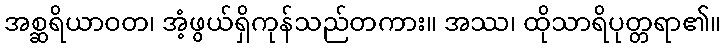
အစ္ဆရိယာဝတ၊ အံ့ဖွယ်ရှိကုန်သည်တကား။ အဿ၊ ထိုသာရိပုတ္တရာ၏။